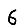
Digit: 6